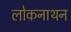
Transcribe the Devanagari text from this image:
लोकनाथन